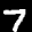
Label: 7